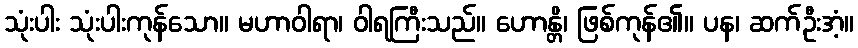
သုံးပါး သုံးပါးကုန်သော။ မဟာဝါရာ၊ ဝါရကြီးသည်။ ဟောန္တိ၊ ဖြစ်ကုန်၏။ ပန၊ ဆက်ဦးအံ့။